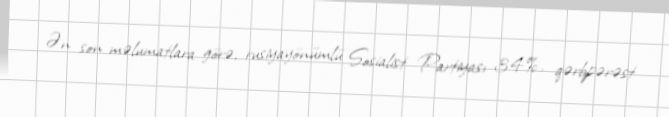
Ən son məlumatlara görə, rusiyayönümlü Sosialist Partiyası 34%, qərbpərəst